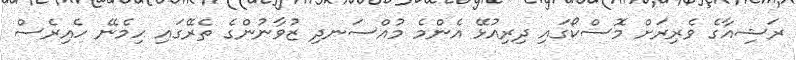
ރަޝިއާގެ ވެރިރަށް މޮސްކޯގައި ދިރިއުޅޭ އެންމެ މުއްސަނދި ޒުވާނުންގެ ތެރޭގައި ހިމެނޭ ހެއިރެސް